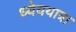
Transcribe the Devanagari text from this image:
ध्येययात्रा